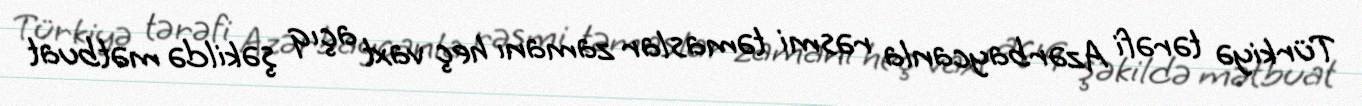
Türkiyə tərəfi Azərbaycanla rəsmi təmaslar zamanı heç vaxt açıq şəkildə mətbuat